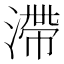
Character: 滯